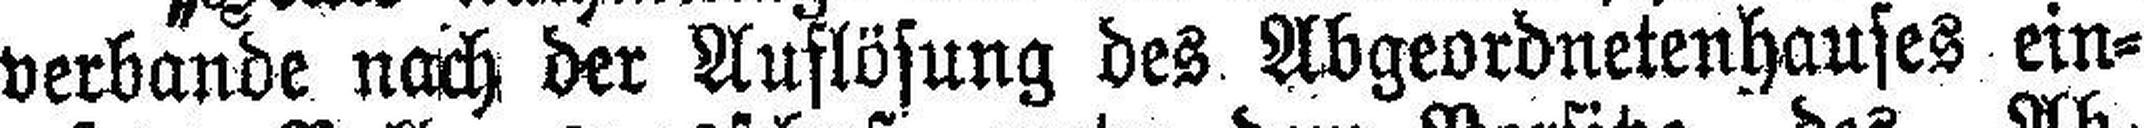
verbande nach der Auflösung des Abgeordnetenhauses ein¬